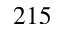
2 1 5